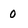
Character: 0